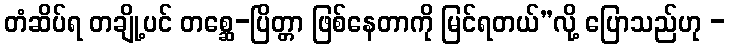
တံဆိပ်ရ တချို့ပင် တစ္ဆေ-ပြိတ္တာ ဖြစ်နေတာကို မြင်ရတယ်”လို့ ပြောသည်ဟု -